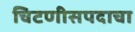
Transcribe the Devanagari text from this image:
चिटणीसपदाचा